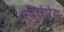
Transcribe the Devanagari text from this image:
एउरोपेय